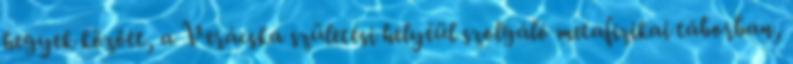
hegyek között, a Verácska születési helyéül szolgáló metafizikai táborban,